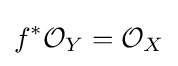
f^{*}{\mathcal {O}}_{Y}={\mathcal {O}}_{X}